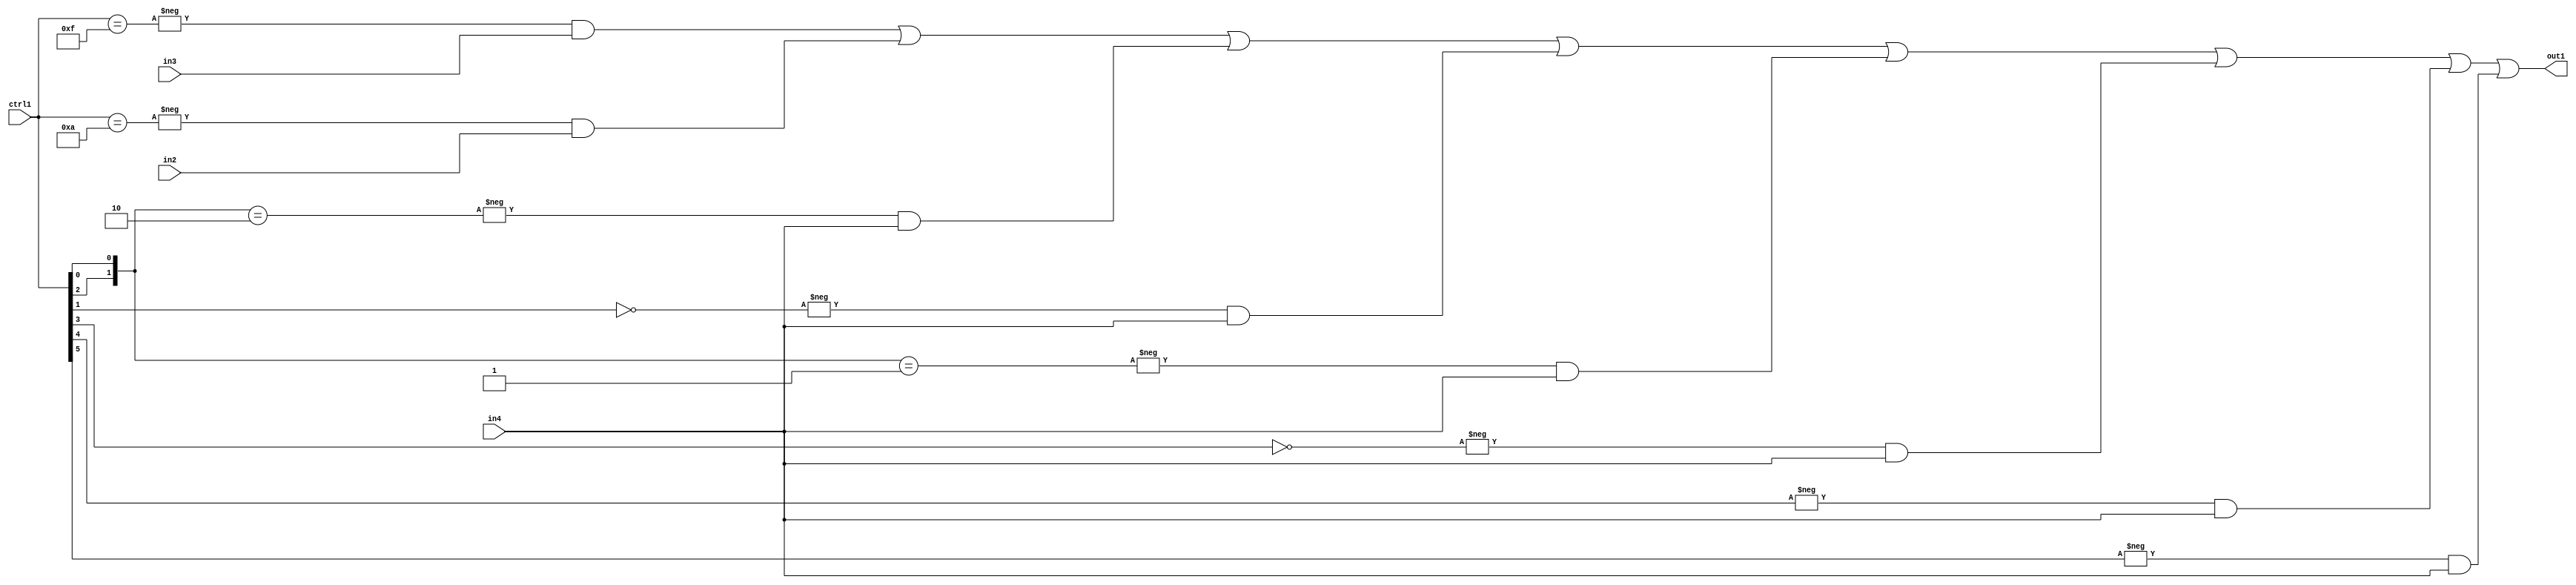
`timescale 1ps / 1ps
/*****************************************************************************
    Verilog RTL Description
    
    
    Created by: Stratus DpOpt 21.05.01 
*******************************************************************************/

module SobelFilter_N_Mux_32_3_66_4 (
	in4,
	in3,
	in2,
	ctrl1,
	out1
	); /* architecture "behavioural" */ 
input [31:0] in4;
input [8:0] in3,
	in2;
input [5:0] ctrl1;
output [31:0] out1;
wire [31:0] asc001;

assign asc001 = 
	-{ctrl1 == 6'B001111} & in3 |
	-{ctrl1 == 6'B001010} & in2 |
	-{{ctrl1[2], ctrl1[0]} == 2'B10} & in4 |
	-{ctrl1[1] == 1'B0} & in4 |
	-{{ctrl1[2], ctrl1[0]} == 2'B01} & in4 |
	-{ctrl1[3] == 1'B0} & in4 |
	-{ctrl1[4] == 1'B1} & in4 |
	-{ctrl1[5] == 1'B1} & in4 ;

assign out1 = asc001;
endmodule

/* CADENCE  vrDwSwo= : u9/ySxbfrwZIxEzHVQQV8Q== ** DO NOT EDIT THIS LINE ******/